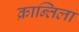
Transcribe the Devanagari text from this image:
क्रान्तिला